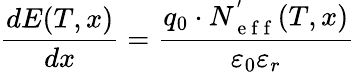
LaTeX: \frac{dE(T,x)}{dx}=\frac{q_{0}\cdot N_{\mathrm{~e~f~f~}}^{'}(T,x)}{\varepsilon_{0}\varepsilon_{r}}